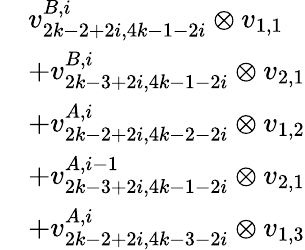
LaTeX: \begin{array}{rl}&{v_{2k-2+2i,4k-1-2i}^{B,i}\otimes v_{1,1}}\\ &{+v_{2k-3+2i,4k-1-2i}^{B,i}\otimes v_{2,1}}\\ &{+v_{2k-2+2i,4k-2-2i}^{A,i}\otimes v_{1,2}}\\ &{+v_{2k-3+2i,4k-1-2i}^{A,i-1}\otimes v_{2,1}}\\ &{+v_{2k-2+2i,4k-3-2i}^{A,i}\otimes v_{1,3}}\end{array}